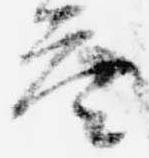
答